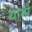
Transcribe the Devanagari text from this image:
यामौ